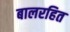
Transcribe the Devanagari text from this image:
बालरहित